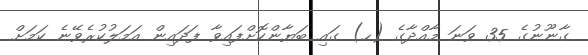
ގާނޫނުގެ 35 ވަނަ މާއްދާގެ (ހ) ގައި ބަޔާންކޮށްފައިވާ ފަދައިން އަމަލުކުރެވޭނެ ކަމަށް